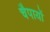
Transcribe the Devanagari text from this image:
चैपायों